Scottish Certificate of Education, 1962
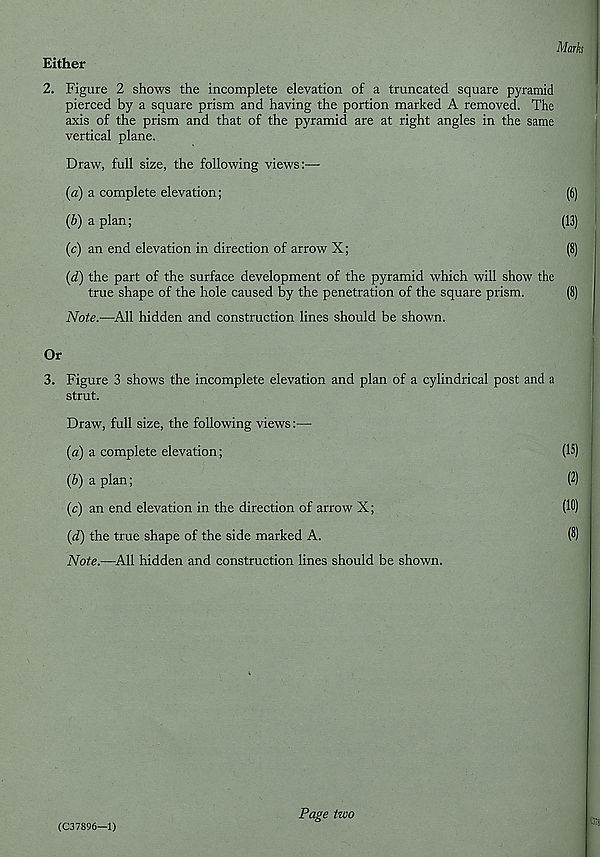
Either
Marks
2. Figure 2 shows the incomplete elevation of a truncated square pyramid
pierced by a square prism and having the portion marked A removed. The
axis of the prism and that of the pyramid are at right angles in the same
vertical plane.
Draw, full size, the following views:—
(a) a complete elevation;
(6)
(b) a plan;
(13)
(c) an end elevation in direction of arrow X;
(8)
(d) the part of the surface development of the pyramid which will show the
true shape of the hole caused by the penetration of the square prism.
(8)
Note.—All hidden and construction lines should be shown.
Or
3. Figure 3 shows the incomplete elevation and plan of a cylindrical post and a
strut.
Draw, full size, the following views:—
(a) a complete elevation;
(15)
(b) a plan;
(2)
(c) an end elevation in the direction of arrow X;
(M)
(d) the true shape of the side marked A.
(8)
Note.—All hidden and construction lines should be shown.
(C37896—1)
Page two